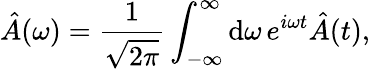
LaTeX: \hat{A}(\omega)=\frac{1}{\sqrt{2\pi}}\int_{-\infty}^{\infty}\mathrm{d}\omega\, e^{i\omega t}\hat{A}(t),